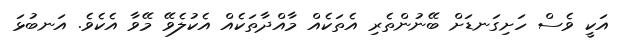
އަކީ ވެސް ހަށިގަނޑަށް ބޭނުންތެރި އެތަކެއް މާއްދާތަކެއް އެކުލެވޭ މޭވާ އެކެވެ. އަނބުޅަ